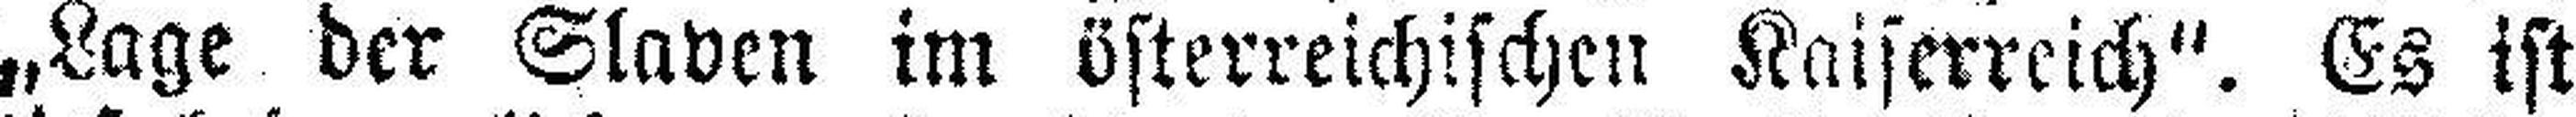
„Lage der Slaven im österreichischen Kaiserreich“. Es ist